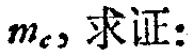
$m_{c} , 求证:$